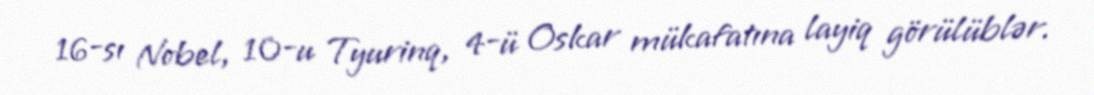
16-sı Nobel, 10-u Tyurinq, 4-ü Oskar mükafatına layiq görülüblər.